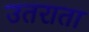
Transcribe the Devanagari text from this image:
उतराता